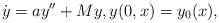
LaTeX: \begin{align*}\dot y=ay''+My, y(0,x)=y_0(x),\end{align*}